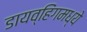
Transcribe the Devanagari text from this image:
डायव्हिंगमध्ये